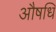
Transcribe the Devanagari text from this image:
औषधि